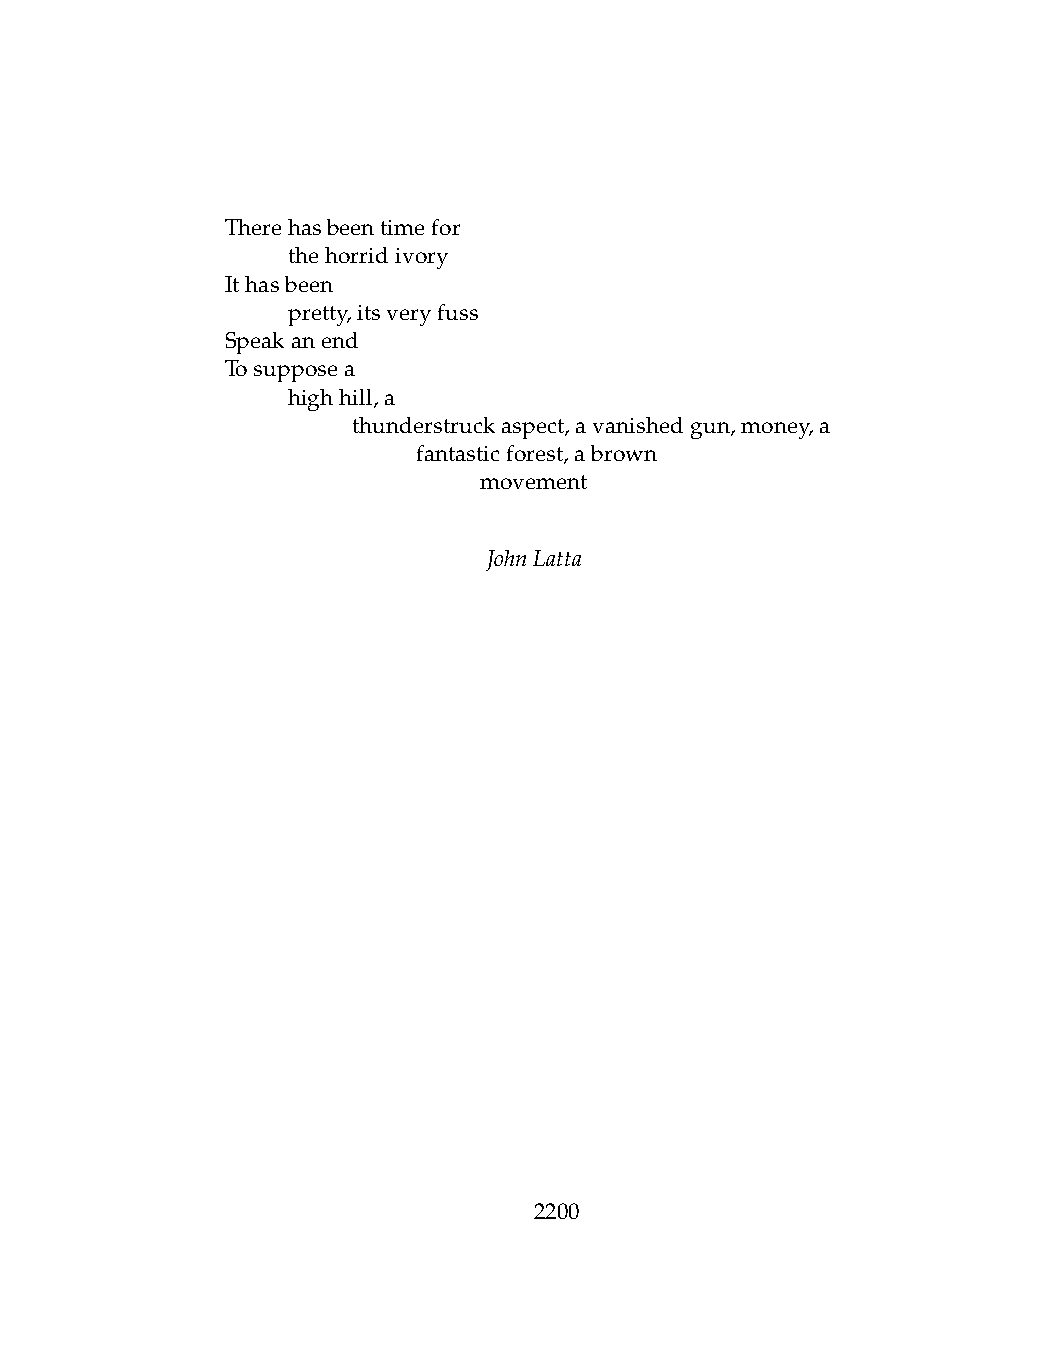
Therehasbeentimefor
 .   thehorridivory
 Ithasbeen
 .   pretty,itsveryfuss
 Speakanend
 Tosupposea
 .   highhill,a
 .   .   thunderstruckaspect,avanishedgun,money,a
 .   .   .    fantasticforest,abrown
 .   .   .    .   movement
 JohnLatta
 2200